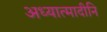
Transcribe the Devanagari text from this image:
अध्यात्मादीनि